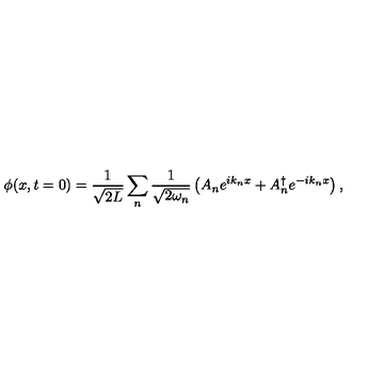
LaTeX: \phi ( x , t = 0 ) = \frac { 1 } { \sqrt { 2 L } } \sum _ { n } \frac { 1 } { \sqrt { 2 \omega _ { n } } } \left( A _ { n } e ^ { i k _ { n } x } + A _ { n } ^ { \dagger } e ^ { - i k _ { n } x } \right) ,